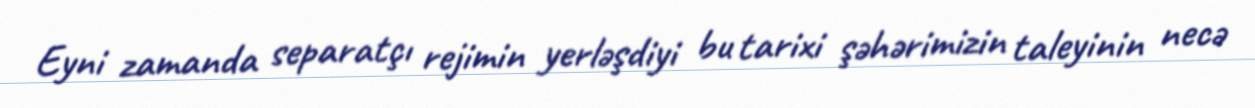
Eyni zamanda separatçı rejimin yerləşdiyi bu tarixi şəhərimizin taleyinin necə